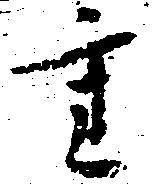
主